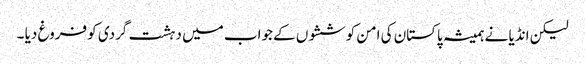
لیکن انڈیا نے ہمیشہ پاکستان کی امن کوششوں کے جواب میں دہشت گردی کو فروغ دیا ۔